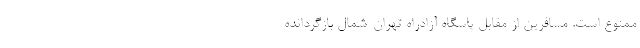
ممنوع است. مسافرین از مقابل پاسگاه آزادراه تهران-شمال بازگردانده